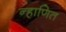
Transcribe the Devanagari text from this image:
न्हाणित